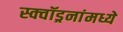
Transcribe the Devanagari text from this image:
स्क्वॉड्रनांमध्ये